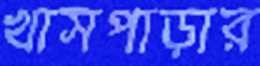
খাসপাড়ার